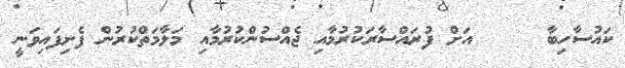
ކައުސާހިބާ     އަށް ފުރައްސާރަކުރުމާއި ޖެއްސުންކުރުމާއި މަލާމަތްކުރުން ފެށިފައިވަނީ